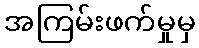
အကြမ်းဖက်မှုမှ